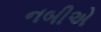
નબીએ